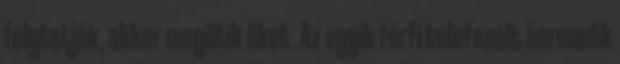
folytatják, akkor megütik őket. Az egyik férfi telefonált harmadik